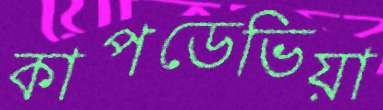
কাপডেভিয়া